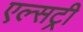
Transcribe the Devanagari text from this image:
एल्सट्री